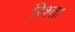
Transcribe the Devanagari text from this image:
रिश्‍ता